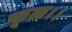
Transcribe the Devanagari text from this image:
कूळ।।